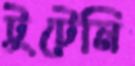
টুটেনি